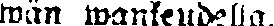
wän wankeudella.